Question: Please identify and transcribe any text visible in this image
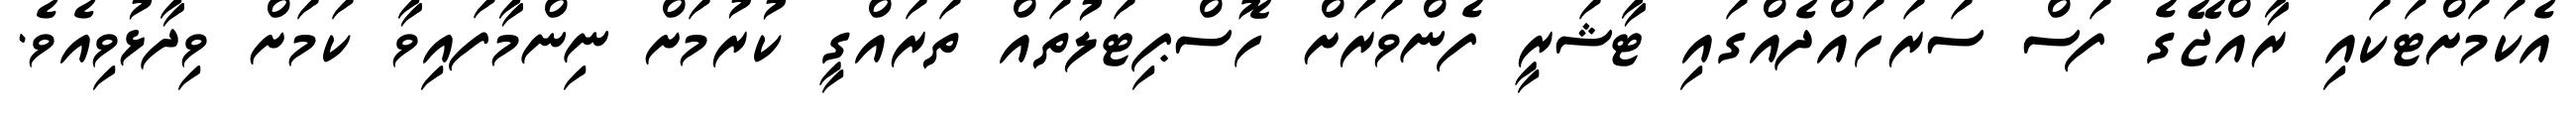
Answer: އެކަމަށްޓަކައި ރާއްޖޭގެ ފަސް ސަރަހައްދެއްގައި ޓާޝަރީ ފެންވަރަށް ހޮސްޕިޓަލުތައް ތަރައްގީ ކުރުމަށް ނިންމާފައިވާ ކަމަށް ވިދާޅުވިއެވެ.